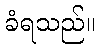
ခံရသည်။